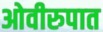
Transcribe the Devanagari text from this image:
ओवीरुपात